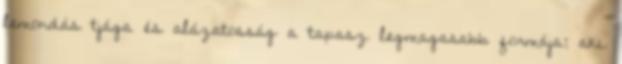
lemondás tjága és alázatosság a tapasz legmagasabb formája; aki